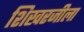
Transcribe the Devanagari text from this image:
शिखरजीला